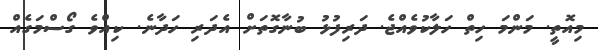
މިއޮތީ. މަންމަ ހިތް ހަލާކުވެއްޖެ. ދަރިފުޅު ބުނާގޮތަށް އެދަރި ހަދާނެ. ކިއްވެ ގޯސްމަގެއް